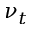
\nu _ { t }